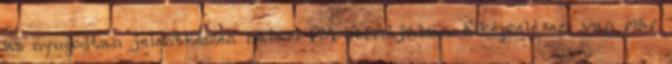
az nyugodtan jelentkezzen nálam PM formájában. Elképzelésem van már